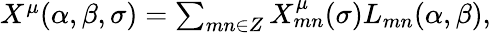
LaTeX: \begin{array}{lcr}{{X^{\mu}(\alpha,\beta,\sigma)=\sum_{mn\in{Z}}X_{mn}^{\mu}(\sigma)L_{mn}(\alpha,\beta),}}\end{array}